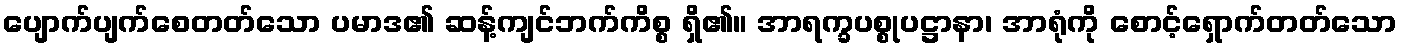
ပျောက်ပျက်စေတတ်သော ပမာဒ၏ ဆန့်ကျင်ဘက်ကိစ္စ ရှိ၏။ အာရက္ခပစ္စုပဋ္ဌာနာ၊ အာရုံကို စောင့်ရှောက်တတ်သော